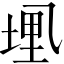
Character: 𫡭